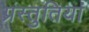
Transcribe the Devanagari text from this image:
प्रस्‍तुतियां